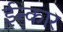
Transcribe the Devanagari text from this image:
ईन्कार